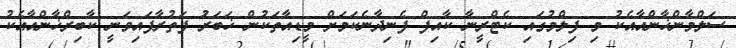
ސަލްމާންޚާންއާއެކު މި ފިލްމުގައި ކެޓްރީނާ ކާއިފް ފެނިދާނެކަމަށް މީޑިއާތަކުން ޚަބަރަު ފަތުރާފައިވަނީ ކާބިރްޚާންއާއެކު